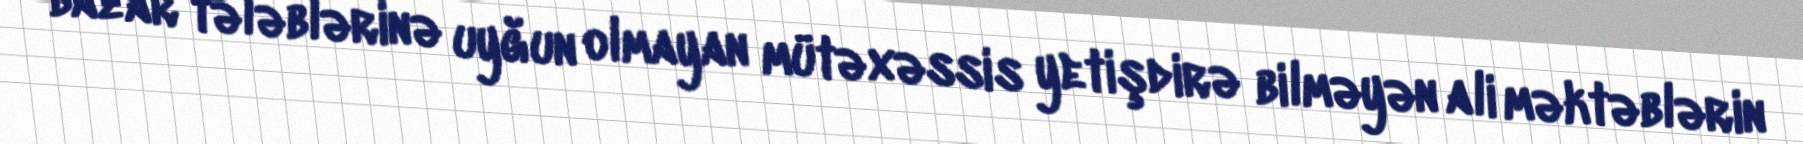
bazar tələblərinə uyğun olmayan mütəxəssis yetişdirə bilməyən ali məktəblərin